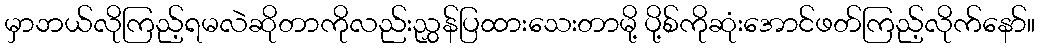
မှာဘယ်လိုကြည့်ရမလဲဆိုတာကိုလည်းညွှန်ပြထားသေးတာမို့ ပို့စ်ကိုဆုံးအောင်ဖတ်ကြည့်လိုက်နော်။